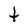
Character: t